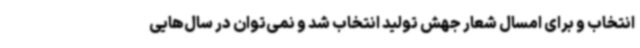
انتخاب و برای امسال شعار جهش تولید انتخاب شد و نمی‌توان در سال‌هایی